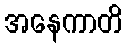
အနေကာတိ